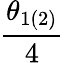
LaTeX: \frac{\theta_{1(2)}}{4}